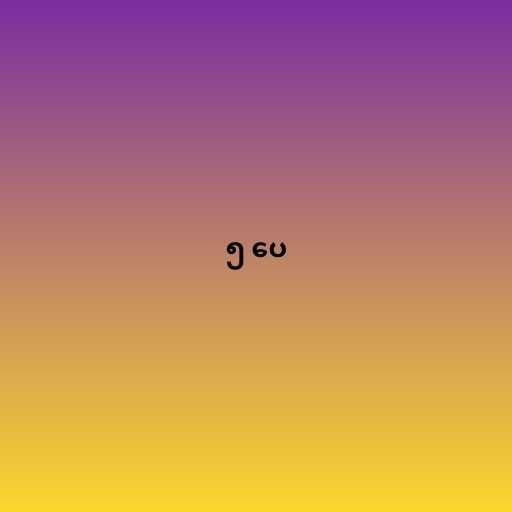
၅ ပေ